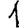
Digit: 1